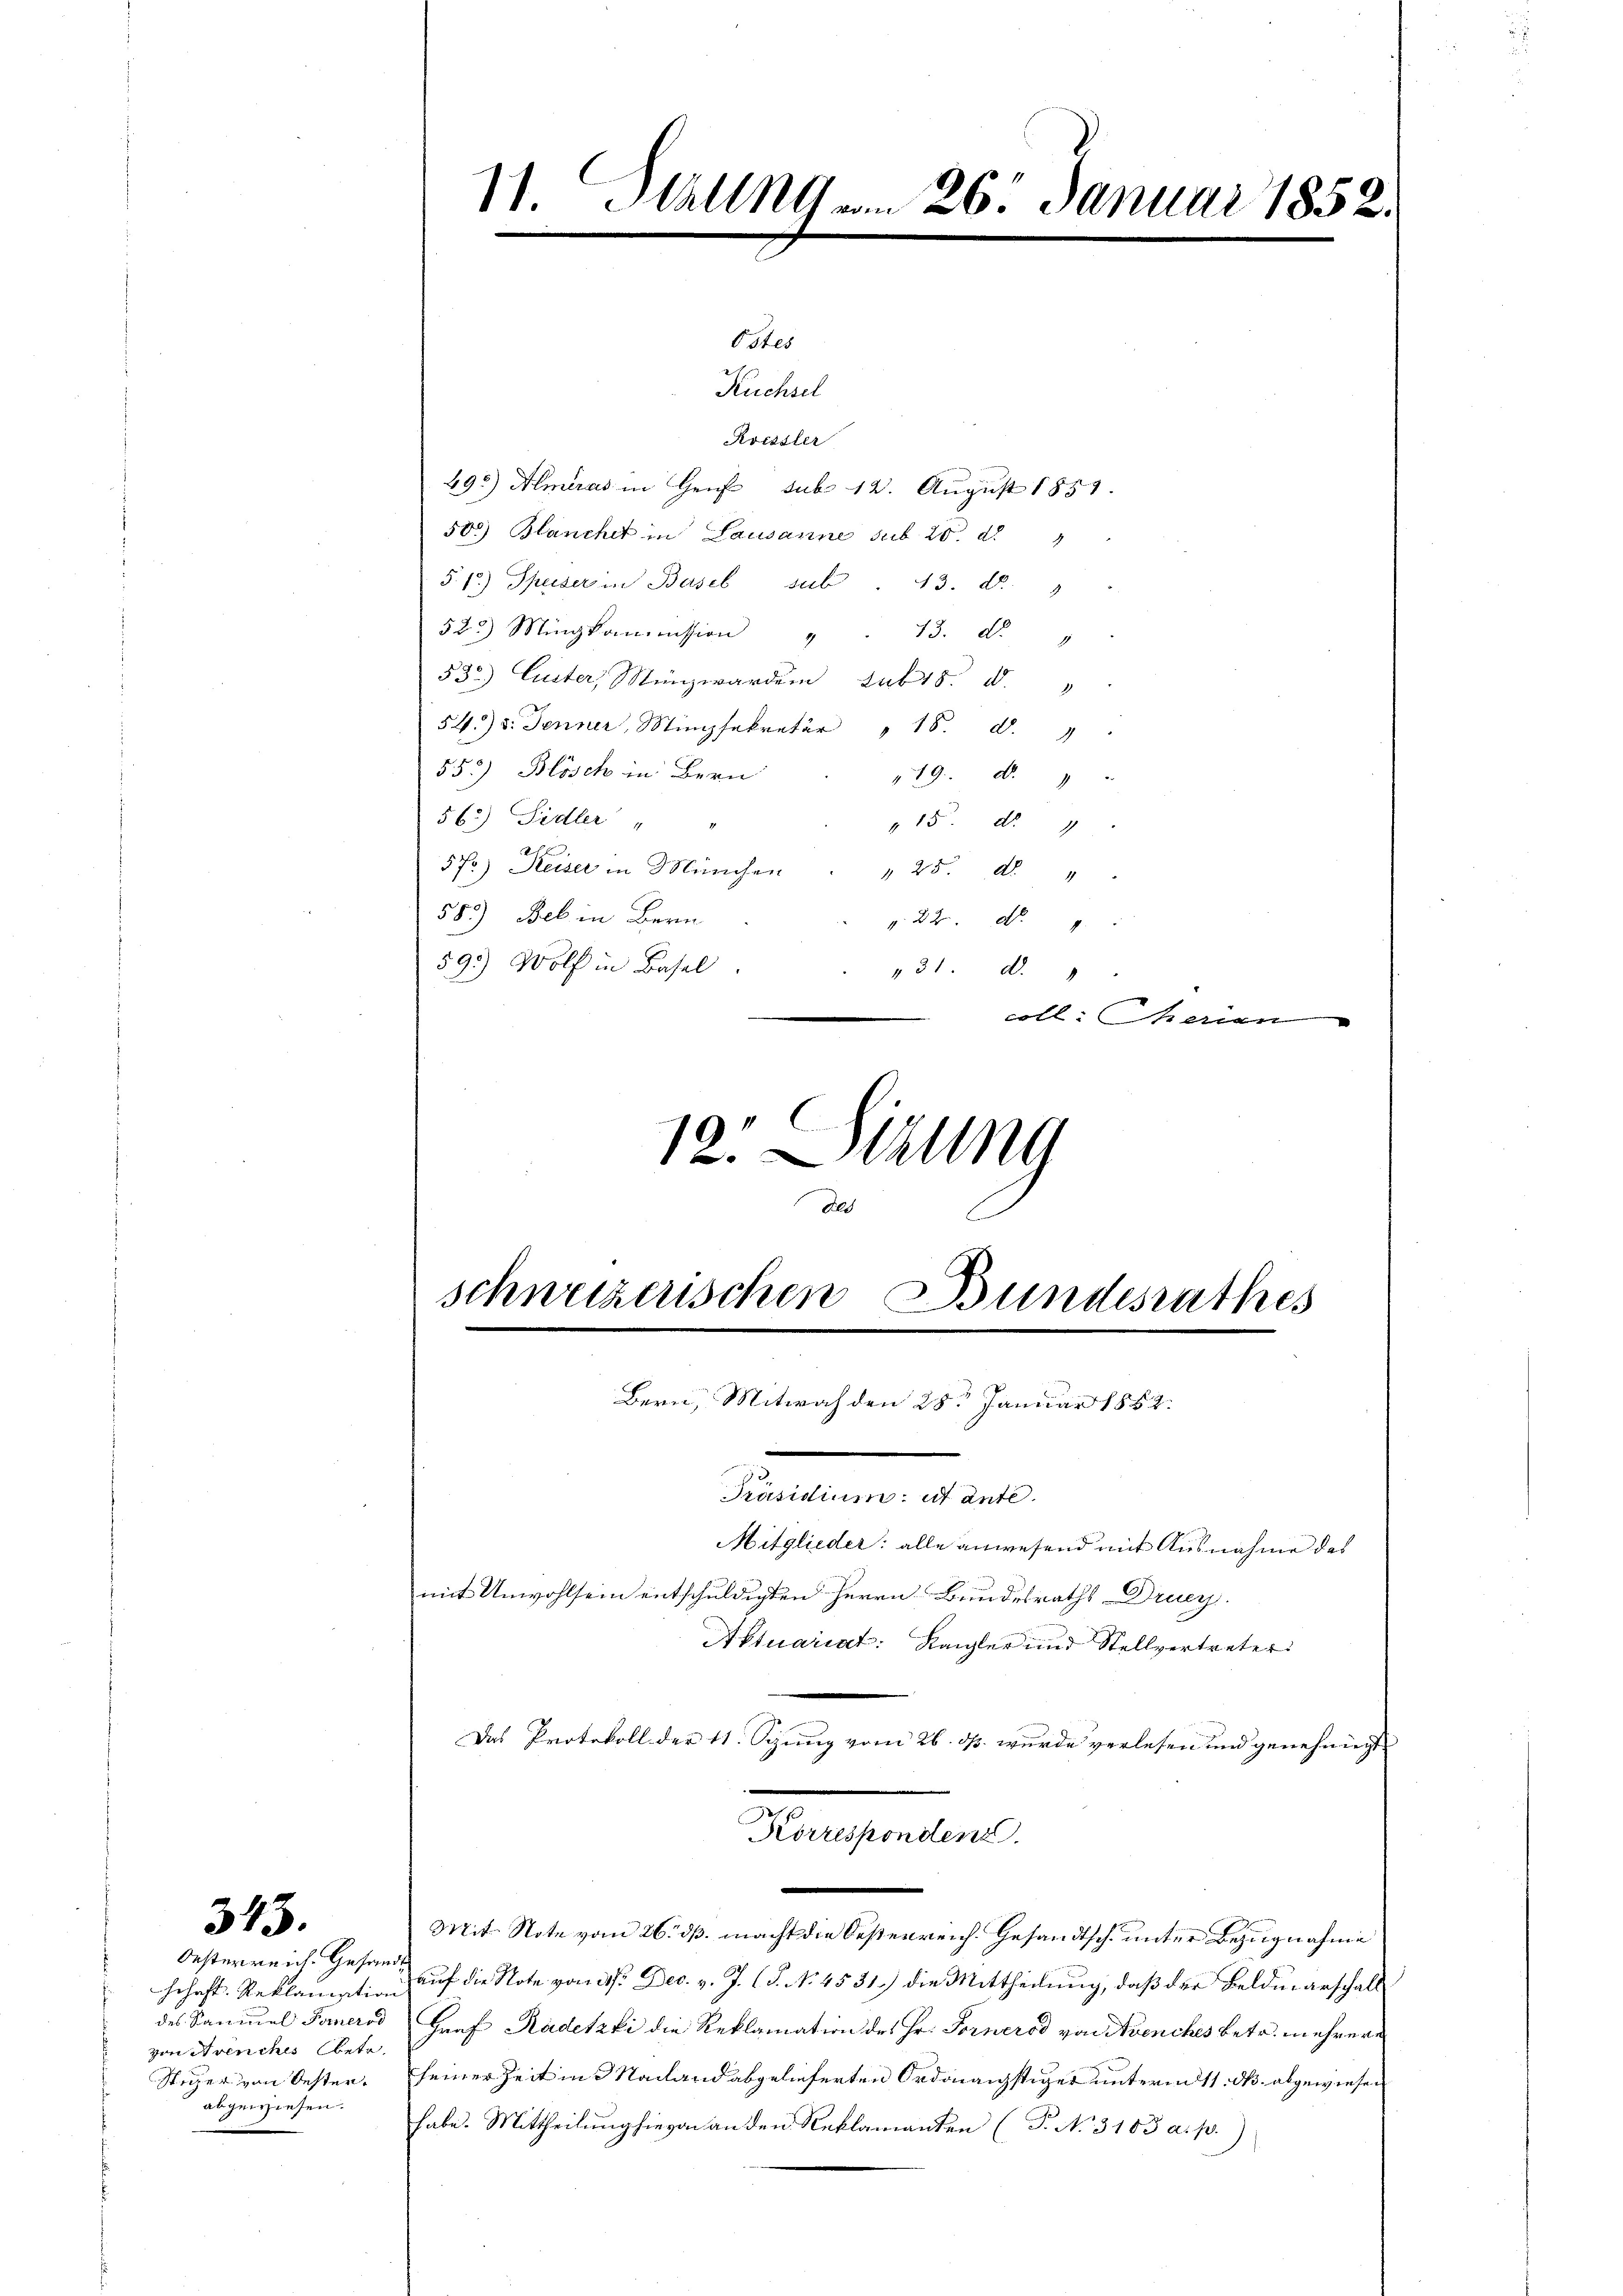
343.

Oesterreich. Gesandt
von Avenches betr.
abgewiesen.

11. Hall vom 26. Januar 18

Ortes
Küchsel
Koissler
495) Almeras in Genf sub 12. August 1851.
503) Blanchet in Lausanne sub 20. d.
§.13) Speiser in Basel sub. 43. d. 9
525 Mingkommission " " 13. dto "
530) Auster, Münzwerden sub 15. d.
54.) d. Jenner, Misekretär " 18. d. 7
553) Blösch in Bern
19. d. 7
56.) Sidler " "
" 15. d. 9
57) Keiser in München " " 25. d. "
58.) Beb in Bern
. 22. No. 1
59.) Wolf in Basel
431. d.
coll. Marien
12. Sitzung

dle
schweizerischen Bundesrathes
.

Bern, Mitwoch den 28t Januar 1852.
Sentementen
Mitglieder: alle anwesend mit Ausnahme des
mit Unwohlsein entschuldigten Herrn Bundesraths Drucy
Aktuariat: Kanzler und Stellvertreter
Das Protokoll der 11. Seung vom 26. ds. wurde verlesen und genehmigt
e
Korrespondenz.
-
Mit Note vom 26. ds. macht die Oesterreich. Gesandtsch unter Bezugnahme
hchaft. Reklamation auf die Note vom 1sten Dec. v. J. (S. N. 4531.) die Mittheilung, daß der Beldmarschalt
des Samuel Farneros Graf Radetzki die Reklamation des Hr. Fornerod von Avenches betr. mehrere
Sticher von Oester, seiner Zeit in Nachand abgelieferten Ordonnaistiger unterm 11. d. abgewiesen
habe. Mittheilung hievon an den Reklamanten (T. No 3103 a. p.)